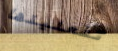
تفعلينها